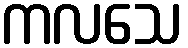
ကလသေ